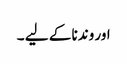
اور وندنا کے لیے ۔